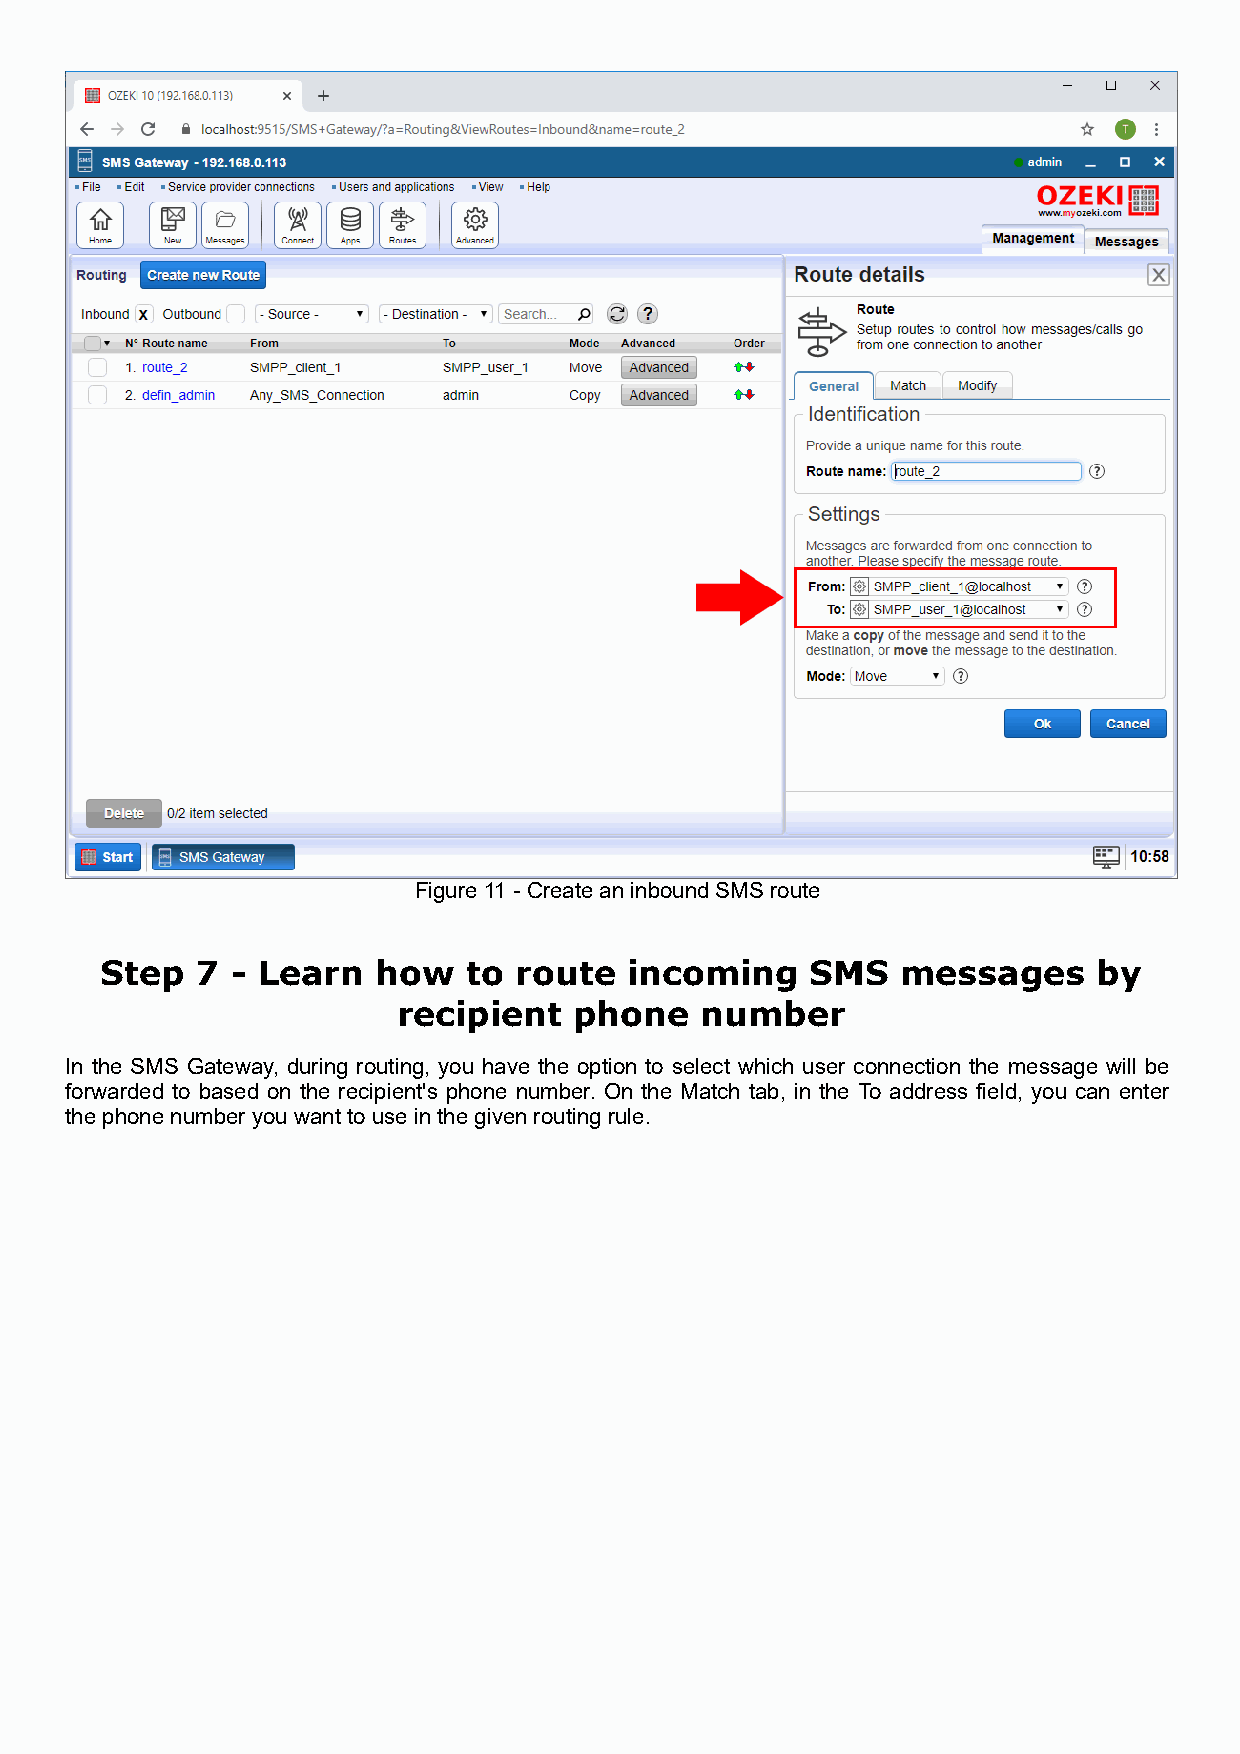
Figure 11 - Create an inbound SMS route
 Step  7 - Learn   how   to route   incoming    SMS   messages     by
 recipient   phone   number
 In the SMS Gateway, during routing, you have the option to select which user connection the message will be
 forwarded to based on the recipient's phone number. On the Match tab, in the To address field, you can enter
 the phone number you want to use in the given routing rule.